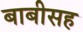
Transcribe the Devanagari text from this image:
बाबीसह